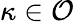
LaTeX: \kappa\in\mathcal{O}